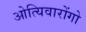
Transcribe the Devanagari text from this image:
ओत्यिवारोंगो